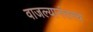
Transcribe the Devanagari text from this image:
वाजल्यानंतरच